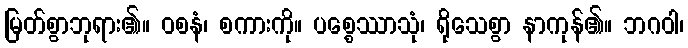
မြတ်စွာဘုရား၏။ ဝစနံ၊ စကားကို။ ပစ္စေဿာသုံ၊ ရိုသေစွာ နာကုန်၏။ ဘဂဝါ၊